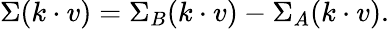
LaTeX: \Sigma(k\cdot v)=\Sigma_{B}(k\cdot v)-\Sigma_{A}(k\cdot v).